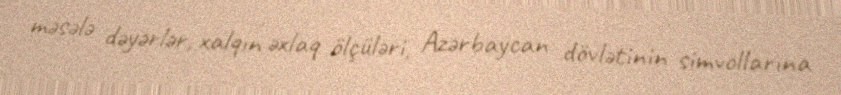
məsələ dəyərlər, xalqın əxlaq ölçüləri, Azərbaycan dövlətinin simvollarına